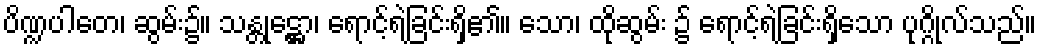
ပိဏ္ဍပါတေ၊ ဆွမ်း၌။ သန္တုဋ္ဌော၊ ရောင့်ရဲခြင်းရှိ၏။ သော၊ ထိုဆွမ်း ၌ ရောင့်ရဲခြင်းရှိသော ပုဂ္ဂိုလ်သည်။